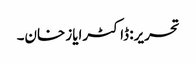
تحریر: ڈاکٹرایاز خان۔